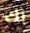
بك